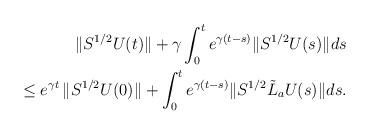
LaTeX: \begin{align*}\|S^{1/2}U(t)\|+\gamma\int_0^te^{\gamma(t-s)}\|S^{1/2}U(s)\|ds\\\leq e^{\gamma t}\,\|S^{1/2}U(0)\|+\int_0^te^{\gamma(t-s)}\|S^{1/2}{\tilde L}_aU(s)\|ds.\end{align*}